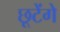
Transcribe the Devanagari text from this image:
छूटेंगे